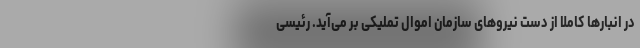
در انبارها کاملاً از دست نیروهای سازمان اموال تملیکی بر می‌آید. رئیسی